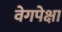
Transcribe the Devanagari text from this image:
वेगपेक्षा